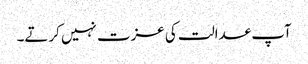
آپ عدالت کی عزت نہیں کرتے۔